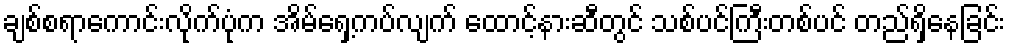
ချစ်စရာကောင်းလိုက်ပုံက အိမ်ရှေ့ကပ်လျက် ထောင့်နားဆီတွင် သစ်ပင်ကြီးတစ်ပင် တည်ရှိနေခြင်း